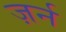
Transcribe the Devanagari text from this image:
ज़र्न